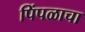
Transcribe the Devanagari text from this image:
पिंपळाचा